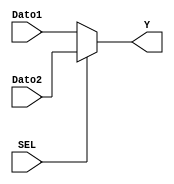
module Mux_2a1(
    input SEL,
    input [5:0] Dato1, Dato2,
    output [5:0] Y
    );
    
    assign Y = SEL ? Dato2 : Dato1;
    
endmodule